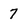
Character: 7